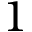
1